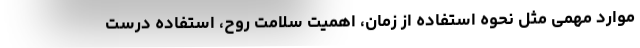
موارد مهمی مثل نحوه استفاده از زمان، اهمیت سلامت روح، استفاده درست